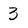
Character: 3